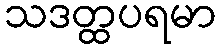
သဒတ္ထပရမာ